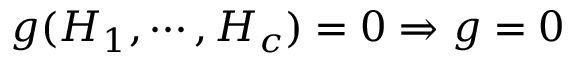
g ( H _ { 1 } , \cdots , H _ { c } ) = 0 \Rightarrow g = 0